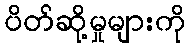
ပိတ်ဆို့မှုများကို